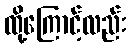
ထို့ကြောင့်လည်း